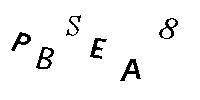
PBSEA8